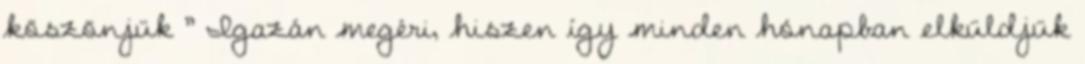
köszönjük ” Igazán megéri, hiszen így minden hónapban elküldjük